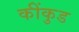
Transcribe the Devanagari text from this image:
कींकुड